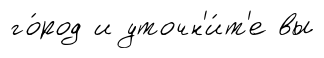
го́род и уточн'и́т'е вы